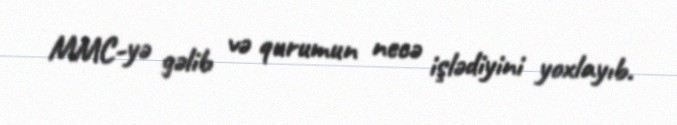
MMC-yə gəlib və qurumun necə işlədiyini yoxlayıb.